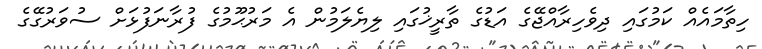
ހިތާމައެއް ކަމުގައި ދިވެހިރާއްޖޭގެ އަޑުގެ ތާރީޚުގައި ލިޔެލަމުން އެ މަރުޙޫމުގެ ފުރާނަފުޅަށް ސުވަރުގޭގެ